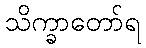
သိက္ခာတော်ရ